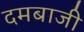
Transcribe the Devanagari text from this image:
दमबाजी